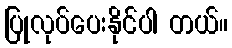
ပြုလုပ်ပေးနိုင်ပါ တယ်။